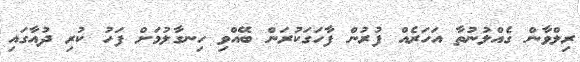
ރިލްވާން ގެއްލުނުތާ އަހަރެއް ފުރުން ފާހަގަކުރަން ބޭއްވި ހިނގާލުމަށް ފަހު ކުރި ދުއާގައި